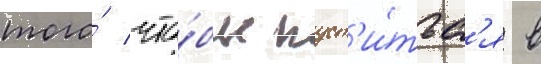
того́ что́бы пуст'и́тьс'я в